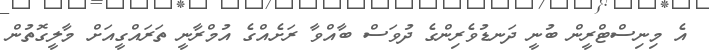
އެ މިނިސްޓްރީން ބުނީ ދަނޑުވެރިންގެ ދުވަސް ބާއްވާ ރަށެއްގެ އުމްރާނީ ތަރައްގީއަށް މާލީގޮތުން